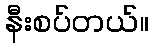
နီးစပ်တယ်။